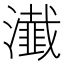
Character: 瀐